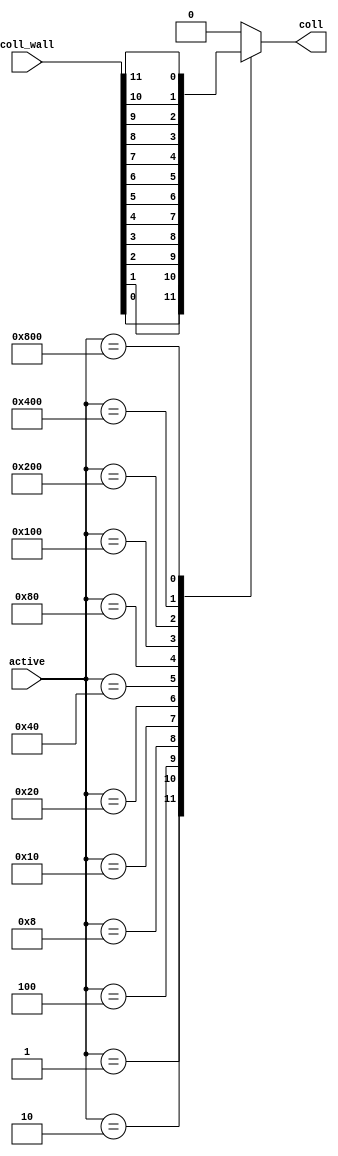
module collisions(
	input [15:0] active,
	input [15:0] coll_wall,
	output reg coll
);

always @(*) begin
	
	case(active)
		16'b0000000000000001: coll <= coll_wall[0];
		16'b0000000000000010: coll <= coll_wall[1];
		16'b0000000000000100: coll <= coll_wall[2];
		16'b0000000000001000: coll <= coll_wall[3];
		16'b0000000000010000: coll <= coll_wall[4];
		16'b0000000000100000: coll <= coll_wall[5];
		16'b0000000001000000: coll <= coll_wall[6];
		16'b0000000010000000: coll <= coll_wall[7];
		16'b0000000100000000: coll <= coll_wall[8];
		16'b0000001000000000: coll <= coll_wall[9];
		16'b0000010000000000: coll <= coll_wall[10];
		16'b0000100000000000: coll <= coll_wall[11];
		default: coll <= 1'b0;
	endcase
end
	
endmodule